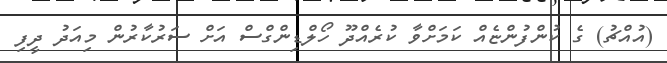
(އުއްޗު) ގެ ކުންފުންޏެއް ކަމަށްވާ ކުރެއްދޫ ހޯލްޑިންގްސް އަށް ސަރުކާރުން މިއަދު ދީފި